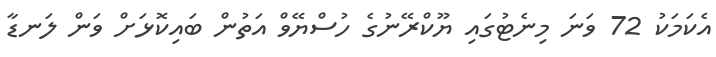
އެކަމަކު 72 ވަނަ މިނެޓުގައި ޔޫކްރޭނުގެ ހުސްޔޭވް އަތުން ބައިކޮޅަށް ވަން ލަނޑާ